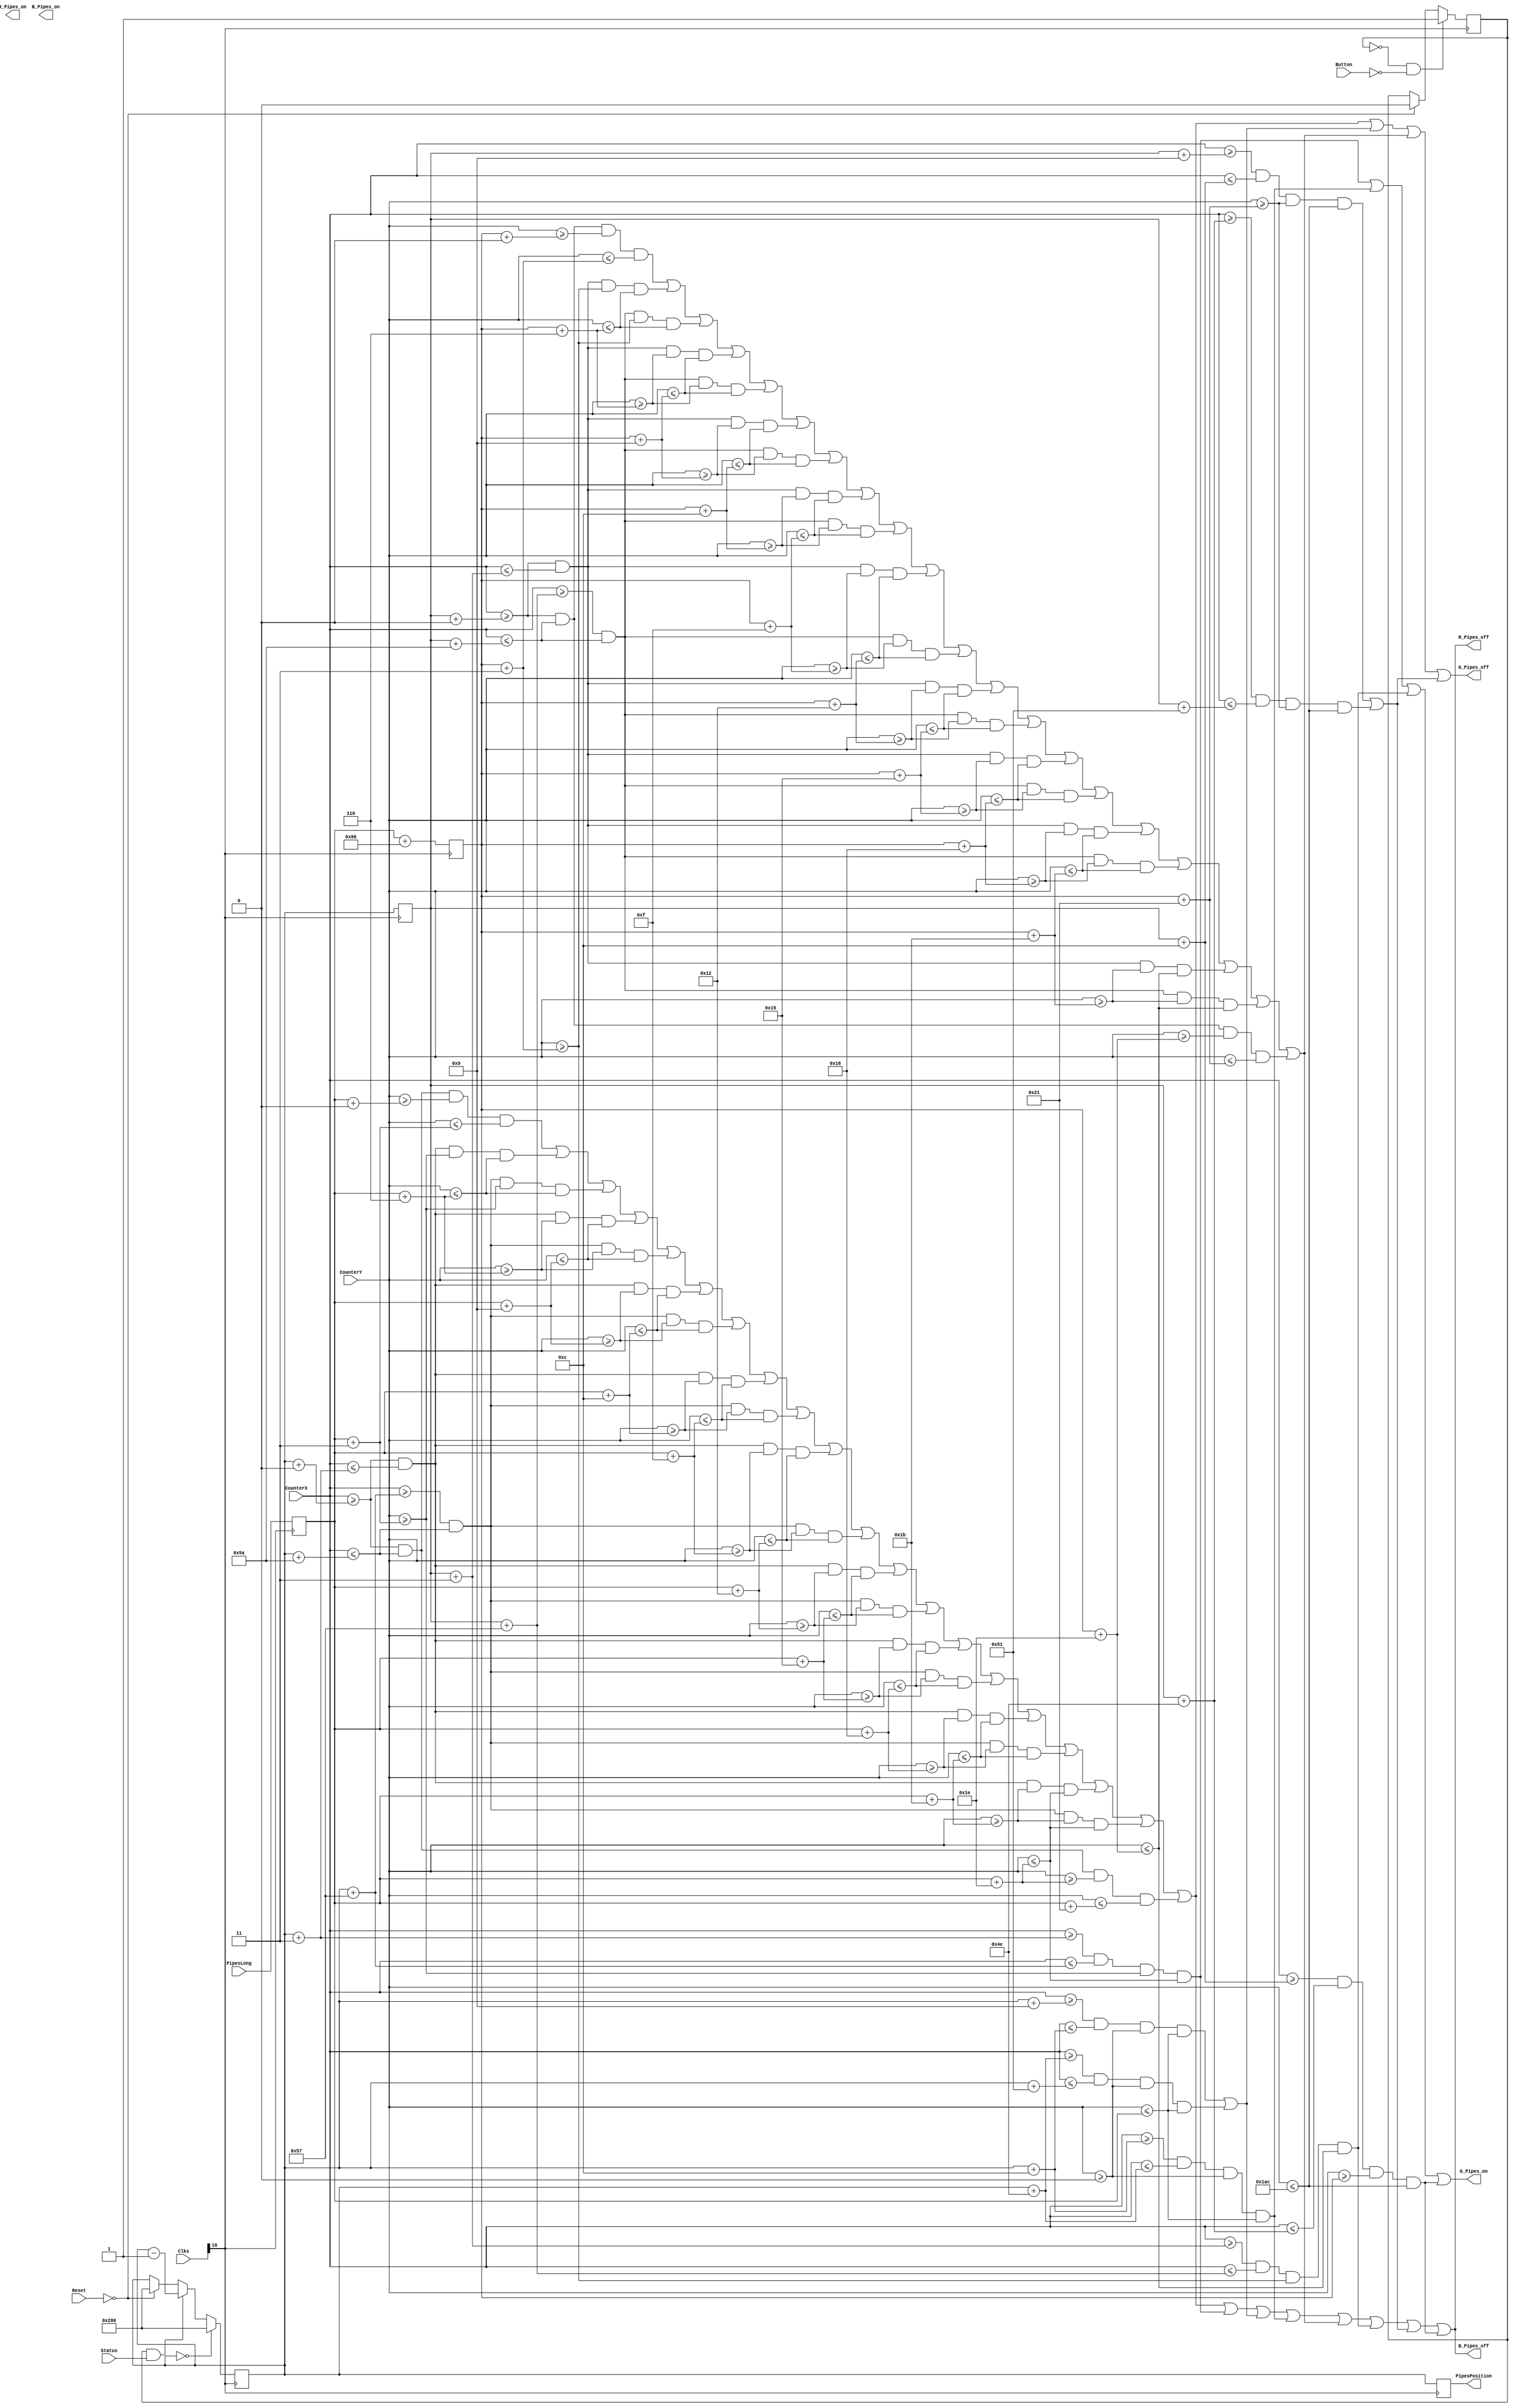
`timescale 1ns / 1ps
//////////////////////////////////////////////////////////////////////////////////
module DrawPipes(input [24:0] Clks,Reset,CounterX,CounterY,Button,Status,input [15:0] PipesLong,output reg R_Pipes_on,G_Pipes_on,B_Pipes_on,R_Pipes_off,G_Pipes_off,B_Pipes_off,output reg [15:0] PipesPosition);

reg PipesBlackTop,PipesGreenTop,PipesGreenBodyTop,PipesBlackBodyTop,PipesBlackBot,PipesGreenBot,PipesGreenBodyBot,PipesBlackBodyBot;
reg [15:0] TopPipesPositionX = 640;
reg [15:0] BotPipesPositionX = 640;
reg [15:0] TopPipesPositionY;
reg [15:0] BotPipesPositionY;
reg Start = 0;

always @ (posedge Clks[16])
begin
	if (!Reset)
	begin
	TopPipesPositionX <= 640;
	BotPipesPositionX <= 640;
	Start <= 0;
	end

	if (Start == 0 && !Button) Start <= 1;
	
	if (TopPipesPositionX == 0) TopPipesPositionX <= 640;
	else if (Start && Status) TopPipesPositionX <= TopPipesPositionX - 1;
	
	PipesPosition <= TopPipesPositionX;
	TopPipesPositionY <= PipesLong;
	BotPipesPositionX <= TopPipesPositionX;
	BotPipesPositionY <= TopPipesPositionY + 150;
	
end



always @ (CounterX or CounterY)
begin

PipesGreenBodyTop <= (CounterX>=TopPipesPositionX+12) && (CounterX<=TopPipesPositionX+78) && (CounterY>=0) && (CounterY<=TopPipesPositionY);

PipesBlackBodyTop <= (CounterX>=TopPipesPositionX+9) && (CounterX<=TopPipesPositionX+12) && (CounterY>=0) && (CounterY<=TopPipesPositionY)
|| (CounterX>=TopPipesPositionX+78) && (CounterX<=TopPipesPositionX+81) && (CounterY>=0) && (CounterY<=TopPipesPositionY);

PipesBlackTop <= (CounterX>=TopPipesPositionX+0) && (CounterX<=TopPipesPositionX+90) && (CounterY>=TopPipesPositionY+0) && (CounterY<=TopPipesPositionY+3)
||          (CounterX>=TopPipesPositionX+0) && (CounterX<=TopPipesPositionX+3) && (CounterY>=TopPipesPositionY+3) && (CounterY<=TopPipesPositionY+6)
||          (CounterX>=TopPipesPositionX+87) && (CounterX<=TopPipesPositionX+90) && (CounterY>=TopPipesPositionY+3) && (CounterY<=TopPipesPositionY+6)
||          (CounterX>=TopPipesPositionX+0) && (CounterX<=TopPipesPositionX+3) && (CounterY>=TopPipesPositionY+6) && (CounterY<=TopPipesPositionY+9)
||          (CounterX>=TopPipesPositionX+87) && (CounterX<=TopPipesPositionX+90) && (CounterY>=TopPipesPositionY+6) && (CounterY<=TopPipesPositionY+9)
||          (CounterX>=TopPipesPositionX+0) && (CounterX<=TopPipesPositionX+3) && (CounterY>=TopPipesPositionY+9) && (CounterY<=TopPipesPositionY+12)
||          (CounterX>=TopPipesPositionX+87) && (CounterX<=TopPipesPositionX+90) && (CounterY>=TopPipesPositionY+9) && (CounterY<=TopPipesPositionY+12)
||          (CounterX>=TopPipesPositionX+0) && (CounterX<=TopPipesPositionX+3) && (CounterY>=TopPipesPositionY+12) && (CounterY<=TopPipesPositionY+15)
||          (CounterX>=TopPipesPositionX+87) && (CounterX<=TopPipesPositionX+90) && (CounterY>=TopPipesPositionY+12) && (CounterY<=TopPipesPositionY+15)
||          (CounterX>=TopPipesPositionX+0) && (CounterX<=TopPipesPositionX+3) && (CounterY>=TopPipesPositionY+15) && (CounterY<=TopPipesPositionY+18)
||          (CounterX>=TopPipesPositionX+87) && (CounterX<=TopPipesPositionX+90) && (CounterY>=TopPipesPositionY+15) && (CounterY<=TopPipesPositionY+18)
||          (CounterX>=TopPipesPositionX+0) && (CounterX<=TopPipesPositionX+3) && (CounterY>=TopPipesPositionY+18) && (CounterY<=TopPipesPositionY+21)
||          (CounterX>=TopPipesPositionX+87) && (CounterX<=TopPipesPositionX+90) && (CounterY>=TopPipesPositionY+18) && (CounterY<=TopPipesPositionY+21)
||          (CounterX>=TopPipesPositionX+0) && (CounterX<=TopPipesPositionX+3) && (CounterY>=TopPipesPositionY+21) && (CounterY<=TopPipesPositionY+24)
||          (CounterX>=TopPipesPositionX+87) && (CounterX<=TopPipesPositionX+90) && (CounterY>=TopPipesPositionY+21) && (CounterY<=TopPipesPositionY+24)
||          (CounterX>=TopPipesPositionX+0) && (CounterX<=TopPipesPositionX+3) && (CounterY>=TopPipesPositionY+24) && (CounterY<=TopPipesPositionY+27)
||          (CounterX>=TopPipesPositionX+87) && (CounterX<=TopPipesPositionX+90) && (CounterY>=TopPipesPositionY+24) && (CounterY<=TopPipesPositionY+27)
||          (CounterX>=TopPipesPositionX+0) && (CounterX<=TopPipesPositionX+3) && (CounterY>=TopPipesPositionY+27) && (CounterY<=TopPipesPositionY+30)
||          (CounterX>=TopPipesPositionX+87) && (CounterX<=TopPipesPositionX+90) && (CounterY>=TopPipesPositionY+27) && (CounterY<=TopPipesPositionY+30)
||          (CounterX>=TopPipesPositionX+0) && (CounterX<=TopPipesPositionX+90) && (CounterY>=TopPipesPositionY+30) && (CounterY<=TopPipesPositionY+33);

PipesGreenTop <= (CounterX>=TopPipesPositionX+3) && (CounterX<=TopPipesPositionX+87) && (CounterY>=TopPipesPositionY+3) && (CounterY<=TopPipesPositionY+30);

//////////////////////////////////////////////////////////////////////////////////////////////////////////////////////////////////////////////////////////////////
PipesGreenBodyBot <= (CounterX>=BotPipesPositionX+12) && (CounterX<=BotPipesPositionX+78) && (CounterY>=BotPipesPositionY) && (CounterY<=428);

PipesBlackBodyBot <= (CounterX>=BotPipesPositionX+9) && (CounterX<=BotPipesPositionX+12) && (CounterY>=BotPipesPositionY+33) && (CounterY<=428)
|| (CounterX>=BotPipesPositionX+78) && (CounterX<=BotPipesPositionX+81) && (CounterY>=BotPipesPositionY+33) && (CounterY<=428);

PipesBlackBot <= (CounterX>=BotPipesPositionX+0) && (CounterX<=BotPipesPositionX+90) && (CounterY>=BotPipesPositionY+0) && (CounterY<=BotPipesPositionY+3)
||          (CounterX>=BotPipesPositionX+0) && (CounterX<=BotPipesPositionX+3) && (CounterY>=BotPipesPositionY+3) && (CounterY<=BotPipesPositionY+6)
||          (CounterX>=BotPipesPositionX+87) && (CounterX<=BotPipesPositionX+90) && (CounterY>=BotPipesPositionY+3) && (CounterY<=BotPipesPositionY+6)
||          (CounterX>=BotPipesPositionX+0) && (CounterX<=BotPipesPositionX+3) && (CounterY>=BotPipesPositionY+6) && (CounterY<=BotPipesPositionY+9)
||          (CounterX>=BotPipesPositionX+87) && (CounterX<=BotPipesPositionX+90) && (CounterY>=BotPipesPositionY+6) && (CounterY<=BotPipesPositionY+9)
||          (CounterX>=BotPipesPositionX+0) && (CounterX<=BotPipesPositionX+3) && (CounterY>=BotPipesPositionY+9) && (CounterY<=BotPipesPositionY+12)
||          (CounterX>=BotPipesPositionX+87) && (CounterX<=BotPipesPositionX+90) && (CounterY>=BotPipesPositionY+9) && (CounterY<=BotPipesPositionY+12)
||          (CounterX>=BotPipesPositionX+0) && (CounterX<=BotPipesPositionX+3) && (CounterY>=BotPipesPositionY+12) && (CounterY<=BotPipesPositionY+15)
||          (CounterX>=BotPipesPositionX+87) && (CounterX<=BotPipesPositionX+90) && (CounterY>=BotPipesPositionY+12) && (CounterY<=BotPipesPositionY+15)
||          (CounterX>=BotPipesPositionX+0) && (CounterX<=BotPipesPositionX+3) && (CounterY>=BotPipesPositionY+15) && (CounterY<=BotPipesPositionY+18)
||          (CounterX>=BotPipesPositionX+87) && (CounterX<=BotPipesPositionX+90) && (CounterY>=BotPipesPositionY+15) && (CounterY<=BotPipesPositionY+18)
||          (CounterX>=BotPipesPositionX+0) && (CounterX<=BotPipesPositionX+3) && (CounterY>=BotPipesPositionY+18) && (CounterY<=BotPipesPositionY+21)
||          (CounterX>=BotPipesPositionX+87) && (CounterX<=BotPipesPositionX+90) && (CounterY>=BotPipesPositionY+18) && (CounterY<=BotPipesPositionY+21)
||          (CounterX>=BotPipesPositionX+0) && (CounterX<=BotPipesPositionX+3) && (CounterY>=BotPipesPositionY+21) && (CounterY<=BotPipesPositionY+24)
||          (CounterX>=BotPipesPositionX+87) && (CounterX<=BotPipesPositionX+90) && (CounterY>=BotPipesPositionY+21) && (CounterY<=BotPipesPositionY+24)
||          (CounterX>=BotPipesPositionX+0) && (CounterX<=BotPipesPositionX+3) && (CounterY>=BotPipesPositionY+24) && (CounterY<=BotPipesPositionY+27)
||          (CounterX>=BotPipesPositionX+87) && (CounterX<=BotPipesPositionX+90) && (CounterY>=BotPipesPositionY+24) && (CounterY<=BotPipesPositionY+27)
||          (CounterX>=BotPipesPositionX+0) && (CounterX<=BotPipesPositionX+3) && (CounterY>=BotPipesPositionY+27) && (CounterY<=BotPipesPositionY+30)
||          (CounterX>=BotPipesPositionX+87) && (CounterX<=BotPipesPositionX+90) && (CounterY>=BotPipesPositionY+27) && (CounterY<=BotPipesPositionY+30)
||          (CounterX>=BotPipesPositionX+0) && (CounterX<=BotPipesPositionX+90) && (CounterY>=BotPipesPositionY+30) && (CounterY<=BotPipesPositionY+33);

PipesGreenBot <= (CounterX>=BotPipesPositionX+3) && (CounterX<=BotPipesPositionX+87) && (CounterY>=BotPipesPositionY+3) && (CounterY<=BotPipesPositionY+30);


G_Pipes_on = PipesGreenTop | PipesGreenBodyTop | PipesGreenBot | PipesGreenBodyBot;


R_Pipes_off = PipesBlackTop | PipesGreenTop | PipesBlackBodyTop | PipesGreenBodyTop | PipesBlackBot | PipesGreenBot | PipesBlackBodyBot | PipesGreenBodyBot;
G_Pipes_off = PipesBlackTop | PipesBlackBodyTop | PipesBlackBot | PipesBlackBodyBot;
B_Pipes_off = PipesBlackTop | PipesGreenTop | PipesBlackBodyTop | PipesGreenBodyTop | PipesBlackBot | PipesGreenBot | PipesBlackBodyBot | PipesGreenBodyBot;

end
endmodule